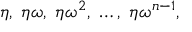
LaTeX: \eta , \; \eta \omega , \; \eta \omega ^ { 2 } , \; \ldots , \; \eta \omega ^ { n - 1 } ,